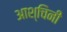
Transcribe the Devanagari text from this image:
आश्चिनी